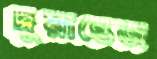
দ্রুয়ান্তেজ